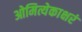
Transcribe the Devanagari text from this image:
ओमित्येकाक्षरं